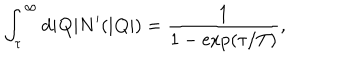
\int _ { \tau } ^ { \infty } \mathrm { d } | { \bf Q } | N ^ { \prime } ( | { \bf Q } | ) = \frac { 1 } { 1 - \mathrm { e x p } ( \tau / T ) } ,